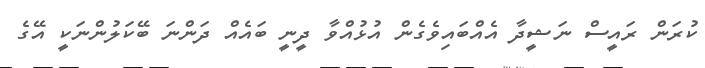
ކުރަން ރައީސް ނަޝީދާ އެއްބައިވެގެން އުޅުއްވާ ދީނީ ބައެއް ދަންނަ ބޭކަލުންނަކީ އޭގެ